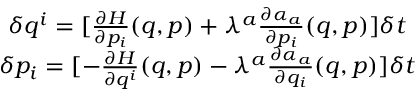
\begin{array} { c } { \delta q ^ { i } = [ \frac { \partial H } { \partial p _ { i } } ( q , p ) + \lambda ^ { a } \frac { \partial \alpha _ { a } } { \partial p _ { i } } ( q , p ) ] \delta t } \\ { \delta p _ { i } = [ - \frac { \partial H } { \partial q ^ { i } } ( q , p ) - \lambda ^ { a } \frac { \partial \alpha _ { a } } { \partial q _ { i } } ( q , p ) ] \delta t } \end{array}